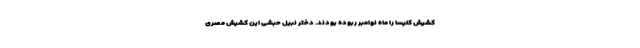
کشیش کلیسا را ماه نوامبر ربوده بودند. دختر نبیل حبشی این کشیش مصری